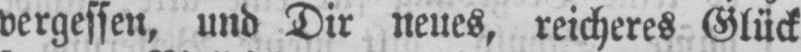
vergessen, und Dir neues, reicheres Glück